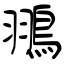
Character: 翵